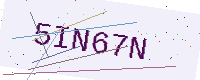
Text: 5IN67N